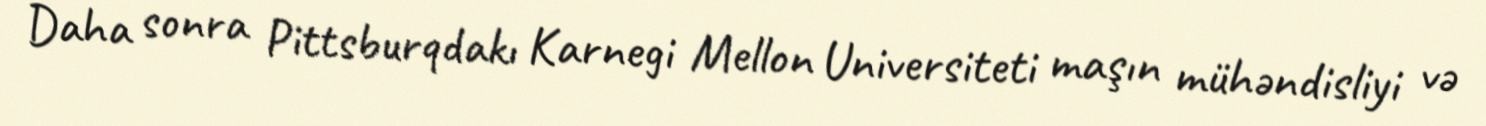
Daha sonra Pittsburqdakı Karnegi Mellon Universiteti maşın mühəndisliyi və